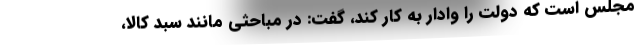
مجلس است که دولت را وادار به کار کند، گفت: در مباحثی مانند سبد کالا،